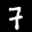
Label: 7